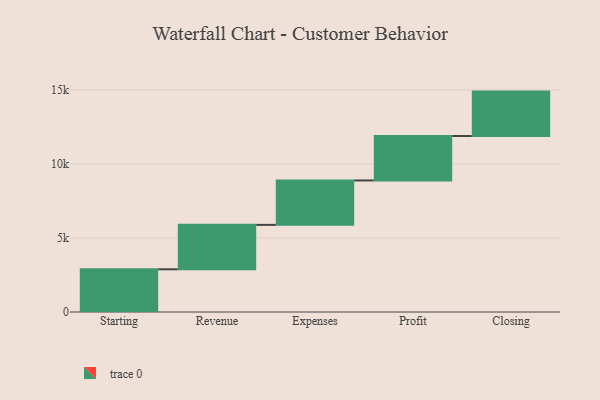
{"axis": {"x": "Step", "y": "Value"}, "legend": [""], "data": [{"x": "Starting", "y": 2884.0, "type": ""}, {"x": "Revenue", "y": 3000, "type": ""}, {"x": "Expenses", "y": 3000, "type": ""}, {"x": "Profit", "y": 3000, "type": ""}, {"x": "Closing", "y": 3000, "type": ""}]}